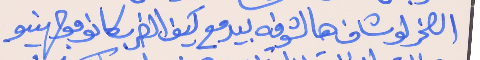
الصخر لو شاف هالشوفه بيدمع     كيف الضرب كانو موجهينو